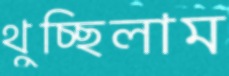
থুচ্ছিলাম